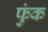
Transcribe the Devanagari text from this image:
फुंक